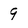
Character: 9